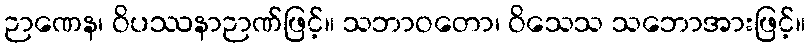
ဉာဏေန၊ ဝိပဿနာဉာဏ်ဖြင့်။ သဘာဝတော၊ ဝိသေသ သဘောအားဖြင့်။